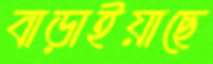
বাড়াইয়াছে